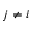
j \neq i